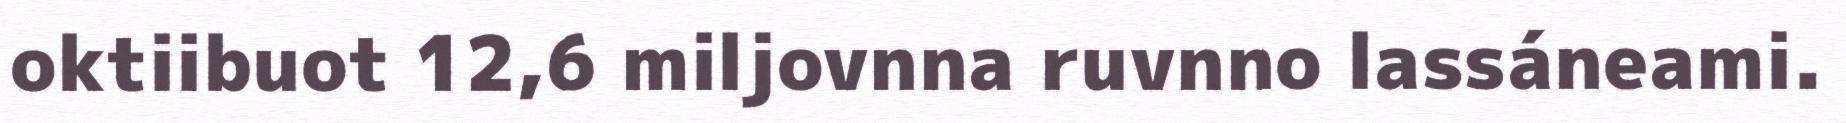
oktiibuot 12,6 miljovnna ruvnno lassáneami.